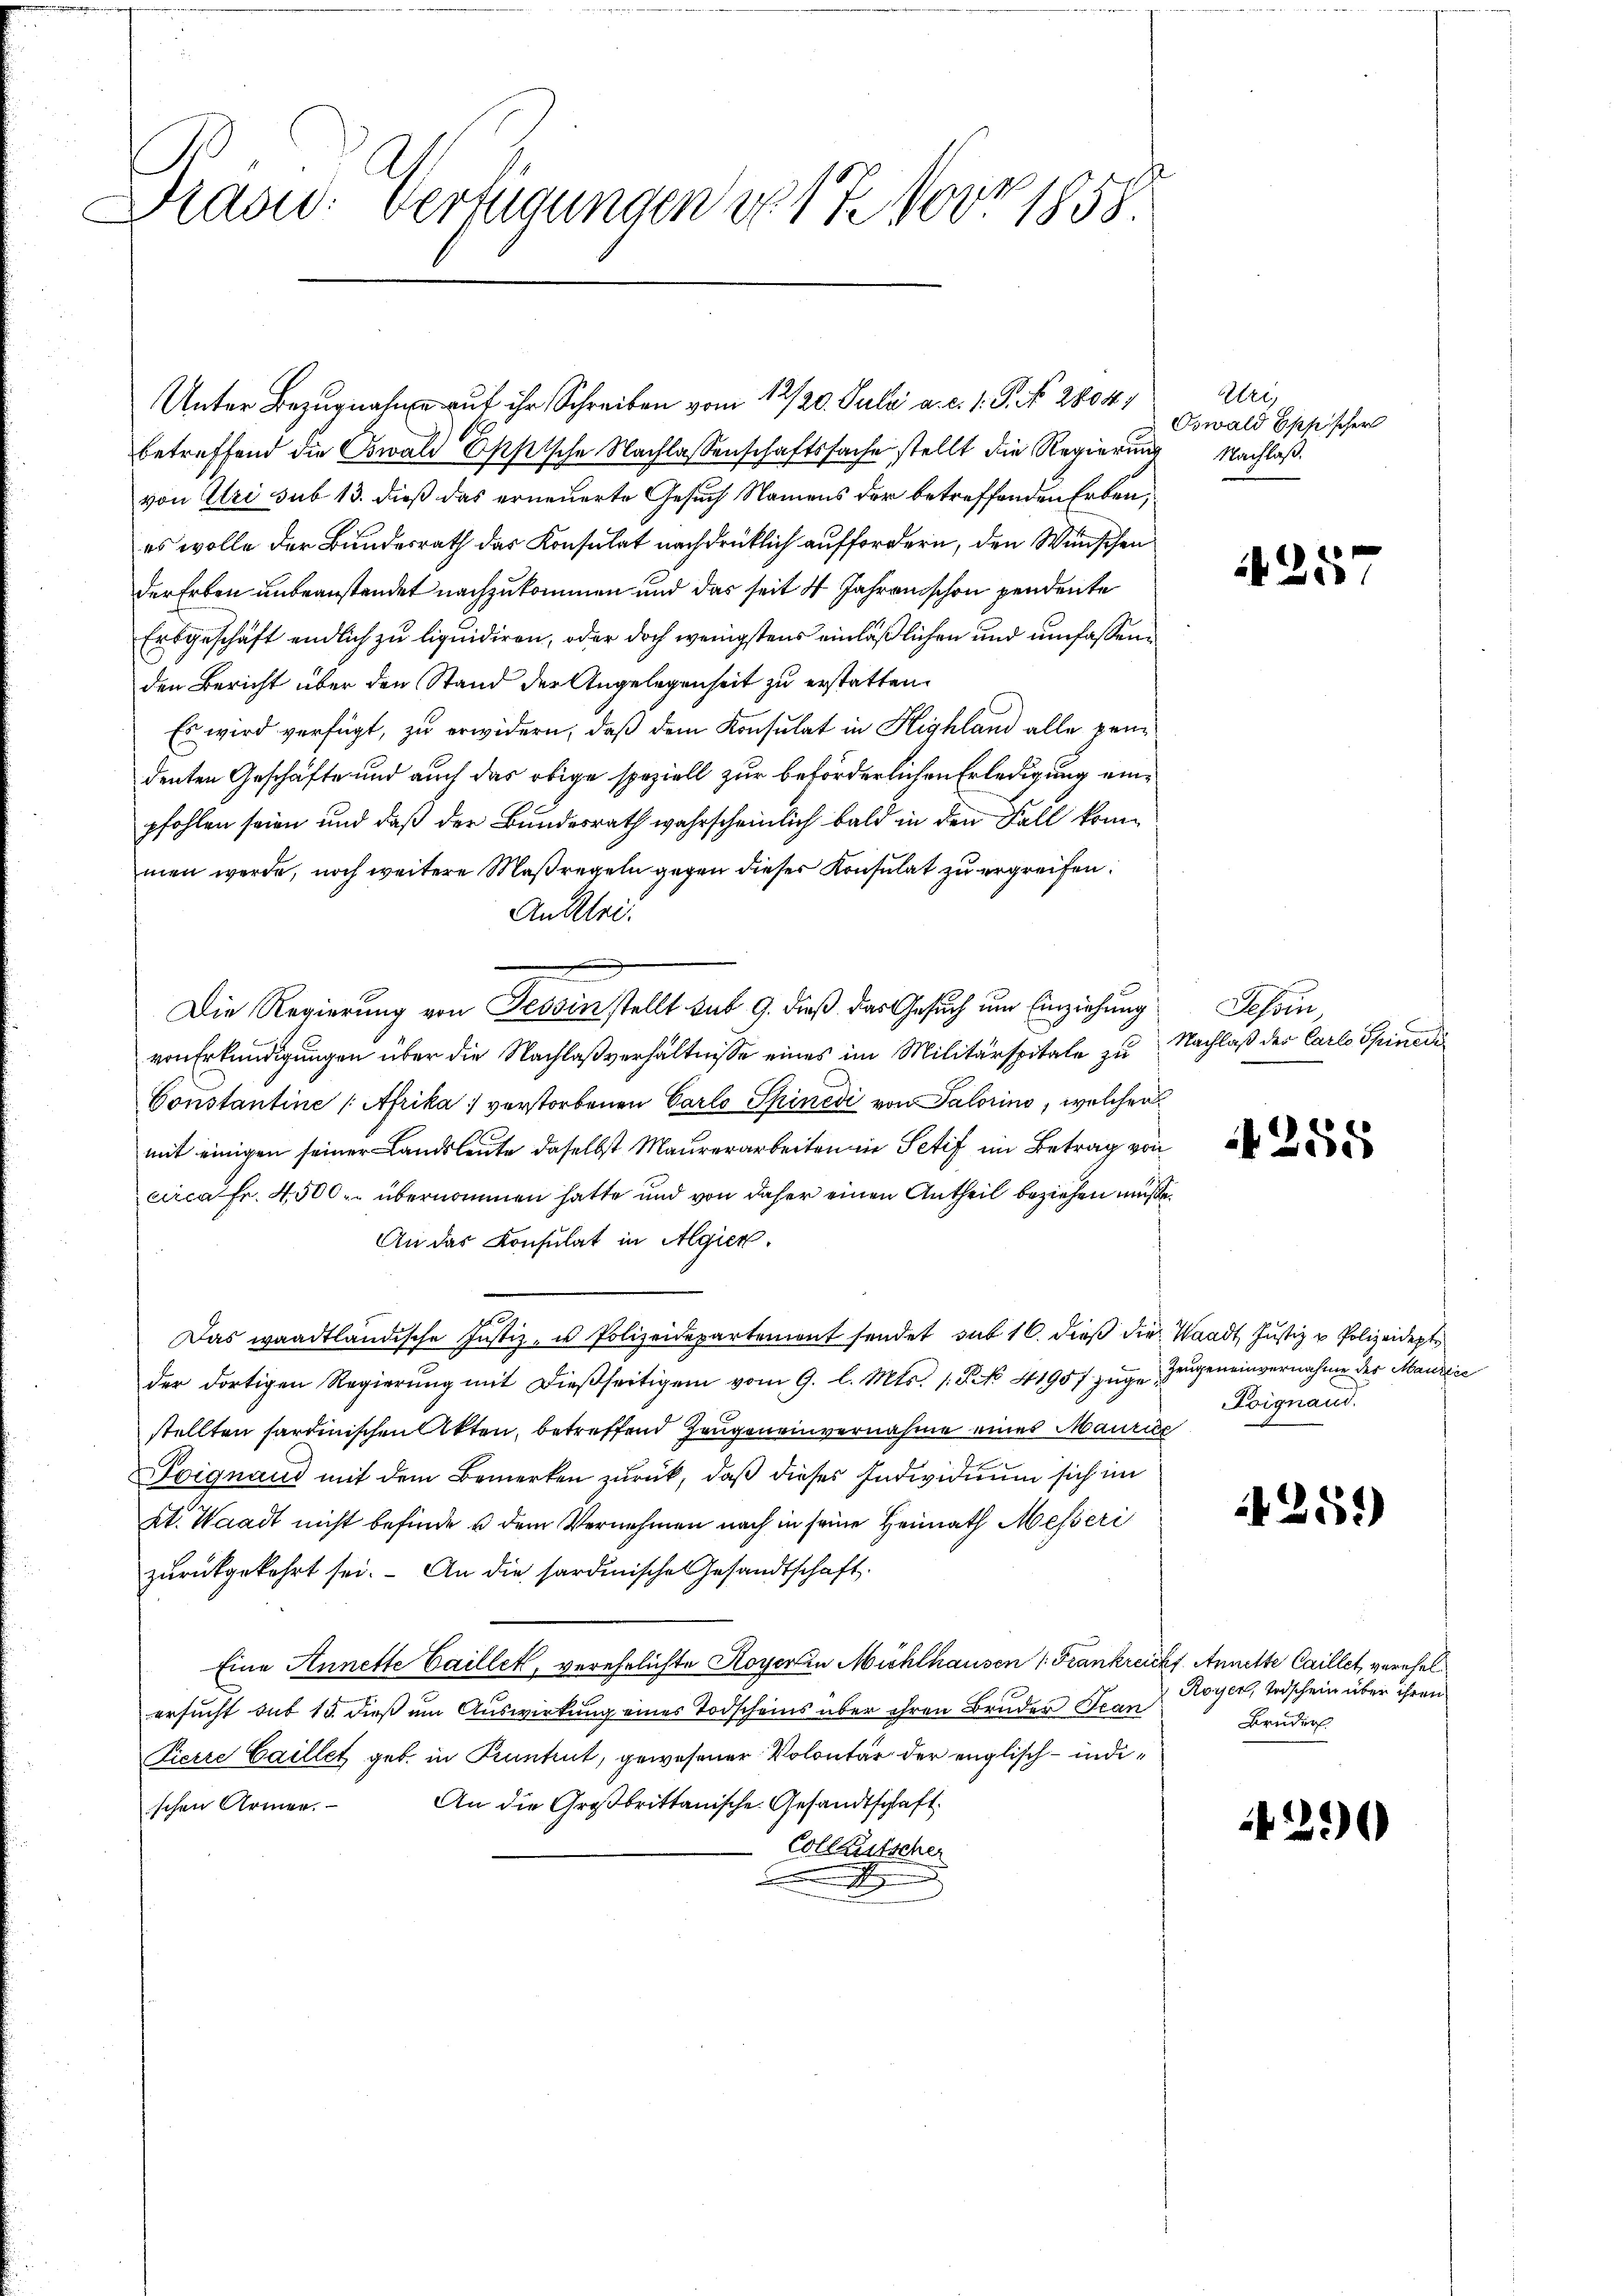
Dras: Verfügungen No 17. 1007 1858.

Unter Bezugnahme auf ihr Schreiben vom 12/20. Juli a. c. 1. P. Nr. 28041
betreffend die Oswald Oppische Nachlassenschaftssache stellt die Regierung
von Uri sub 13. dieß das erneuerte Gesuch Namens der betreffenden Erben,
es wolle der Bundesrath das Konsulat nachdrücklich auffordern, den Wünschen
der Erben unbeanstandet nachzukommen und das seit 4 Jahren schon pendente
Ersgeschäft endlich zu liquidiren, oder doch wenigstens einläßlichen und umfassenden Bericht über den Stand der Angelegenheit zu erstatten.
Es wird verfügt, zu erwidern, daß dem Konsulat in Highland alle prüdenten Geschäfte und auch das obige speziell zur beförderlichen Erledigung einpfohlen seien und daß der Bundesrath wahrscheinlich bald in den Fall kommen werde, noch weitere Maßregeln gegen dieser Konsulat zu ergreifen.
An Klei
Die Regierung von Tessin stellt sub 9. dieß das Gesuch um Einziehung
von Erkundigungen über die Nachlaßverhältnisse eines im Militärspitale zu
Constantine Afrika verstorbenen Carlo Spinedi von Salorino, welcher
mit einigen seiner Landsleute daselbst Maurerarbeiten in Petif im Betrag von
circa Fr. 4500. übernommen hatte und von daher einen Antheil beziehen müße.
An das Konsulat in Algier.
 69,
Das waadtländische Justiz- u Polizeidepartemont sendet sub 16. dieß die Waadt, Justiz & Polizeidept
der dortigen Regierŭng mit dießseitigem vom 9. l. Mts. /: No 4195/ zŭge Zeugeneinvernahme der Maudice
stellten sardinischen Akten, betreffend Zeugeneinvernahme eines Maurer
Toignand mit dem Bemerken zurück, daß dieses Individuum sich im
at. Waadt nicht befinde u dem Vernehmen nach in seine Heimath Messeri
zurückgekehrt sei. An die sardinische Gesandtschaft.
Eine Annette Caillet, verehelichte Hoyer in Mühlhausen /: Frankreicht Annelte Caillet, verehel
ersucht aus 15. dieß um Auswirkung eines Todscheins über ihren Bruder Tran
Zierre Caillet geb. in Kuntrut, gewesener Volontär der englisch-indi¬
An die Großbrittanische Gesandtschaft.
schen Armen.
Collautscher
t

Uri,
Oswald Eppischer
Nachlaß.

425

Tessin
Nachlaß der Carlo Spinedi¬

4255

Foignand.

259

Royer, Todschein über ihren
Bruder

290